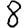
Digit: 8